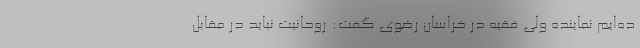
ده‌ایم نماینده ولی فقیه در خراسان رضوی گفت: روحانیت نباید در مقابل